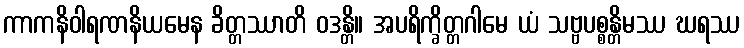
ကာကနိဝါရဏနိယမေန ခိတ္တဿာတိ ဝဒန္တိ။ အပရိက္ခိတ္တဂါမေ ယံ သဗ္ဗပစ္စန္တိမဿ ဃရဿ